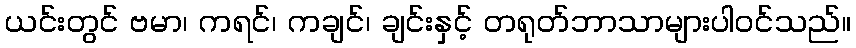
ယင်းတွင် ဗမာ၊ ကရင်၊ ကချင်၊ ချင်းနှင့် တရုတ်ဘာသာများပါဝင်သည်။